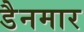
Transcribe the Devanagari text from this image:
डैनमार